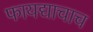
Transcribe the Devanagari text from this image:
फायद्याचाच